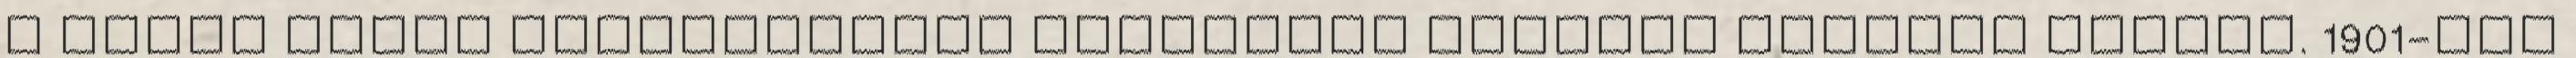
a Peiko folyó torkolatánál található Peitang erődnél vívták. 1901-ben